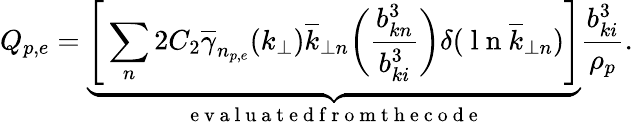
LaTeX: Q_{p,e}=\underbrace{\Bigg[\sum_{n}2C_{2}\overline{{\gamma}}_{n_{p,e}}(k_{\perp})\overline{{k}}_{\perp n}\bigg(\frac{b_{kn}^{3}}{b_{ki}^{3}}\bigg)\delta(\mathrm{~l~n~}\overline{{k}}_{\perp n})\Bigg]}_{\mathrm{~e~v~a~l~u~a~t~e~d~f~r~o~m~t~h~e~c~o~d~e~}}\frac{b_{ki}^{3}}{\rho_{p}}.